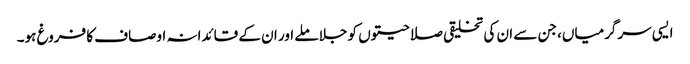
ایسی سرگرمیاں، جن سے ان کی تخلیقی صلاحیتوں کو جلا ملے اور ان کے قائدانہ اوصاف کا فروغ ہو۔